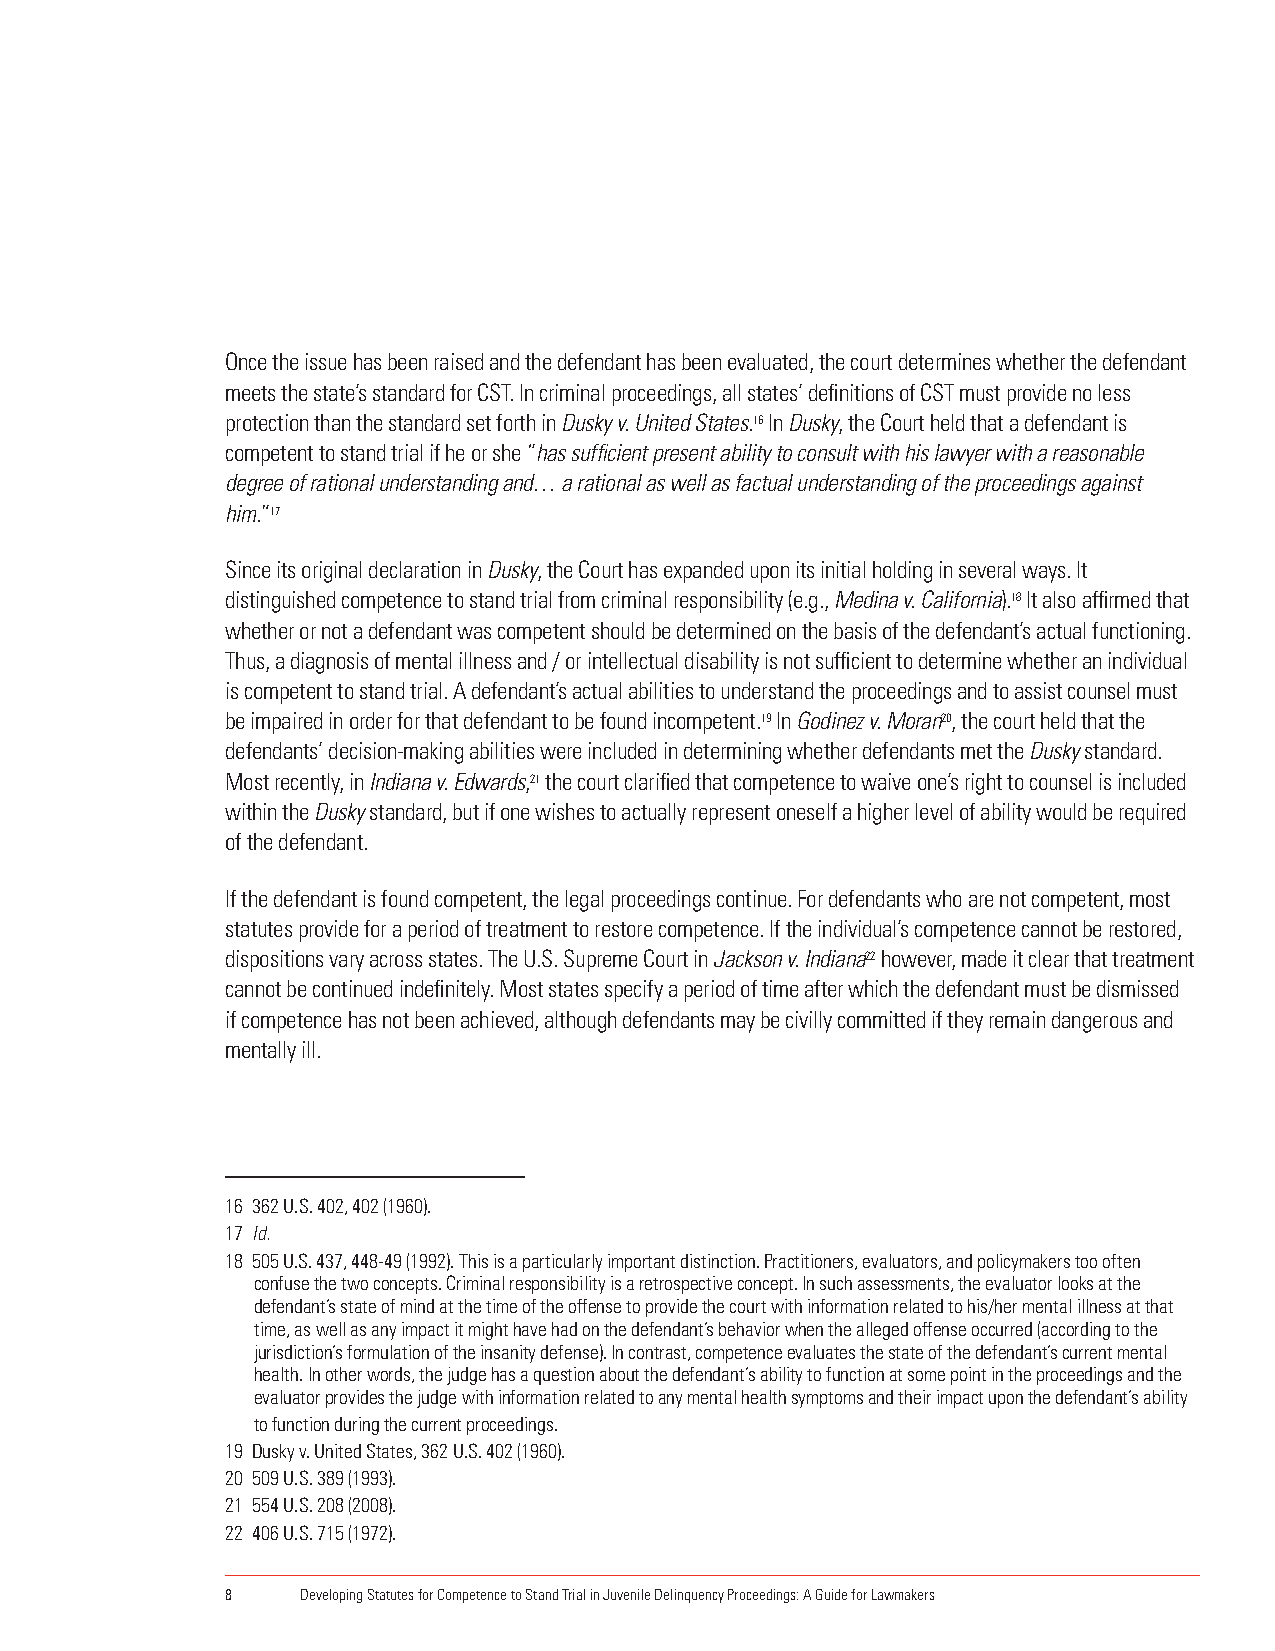
Once the issue has been raised and the defendant has been evaluated, the court determines whether the defendant
 meets the state’s standard for CST. In criminal proceedings, all states’ definitions of CST must provide no less
 protection than the standard set forth in Dusky v. United States.16 In Dusky, the Court held that a defendant is
 competent to stand trial if he or she “has sufficient present ability to consult with his lawyer with a reasonable
 degree of rational understanding and… a rational as well as factual understanding of the proceedings against
 him.”17
 Since its original declaration in Dusky, the Court has expanded upon its initial holding in several ways. It
 distinguished competence to stand trial from criminal responsibility (e.g., Medina v. California).18 It also affirmed that
 whether or not a defendant was competent should be determined on the basis of the defendant’s actual functioning.
 Thus, a diagnosis of mental illness and / or intellectual disability is not sufficient to determine whether an individual
 is competent to stand trial. A defendant’s actual abilities to understand the proceedings and to assist counsel must
 be impaired in order for that defendant to be found incompetent.19 In Godinez v. Moran20, the court held that the
 defendants’ decision-making abilities were included in determining whether defendants met the Dusky standard.
 Most recently, in Indiana v. Edwards,21 the court clarified that competence to waive one’s right to counsel is included
 within the Dusky standard, but if one wishes to actually represent oneself a higher level of ability would be required
 of the defendant.
 If the defendant is found competent, the legal proceedings continue. For defendants who are not competent, most
 statutes provide for a period of treatment to restore competence. If the individual’s competence cannot be restored,
 dispositions vary across states. The U.S. Supreme Court in Jackson v. Indiana22 however, made it clear that treatment
 cannot be continued indefinitely. Most states specify a period of time after which the defendant must be dismissed
 if competence has not been achieved, although defendants may be civilly committed if they remain dangerous and
 mentally ill.
 16 362 U.S. 402, 402 (1960).
 17 Id.
 18 505 U.S. 437, 448-49 (1992). This is a particularly important distinction. Practitioners, evaluators, and policymakers too often
 confuse the two concepts. Criminal responsibility is a retrospective concept. In such assessments, the evaluator looks at the
 defendant’s state of mind at the time of the offense to provide the court with information related to his/her mental illness at that
 time, as well as any impact it might have had on the defendant’s behavior when the alleged offense occurred (according to the
 jurisdiction’s formulation of the insanity defense). In contrast, competence evaluates the state of the defendant’s current mental
 health. In other words, the judge has a question about the defendant’s ability to function at some point in the proceedings and the
 evaluator provides the judge with information related to any mental health symptoms and their impact upon the defendant’s ability
 to function during the current proceedings.
 19 Dusky v. United States, 362 U.S. 402 (1960).
 20 509 U.S. 389 (1993).
 21 554 U.S. 208 (2008).
 22 406 U.S. 715 (1972).
 8    Developing Statutes for Competence to Stand Trial in Juvenile Delinquency Proceedings: A Guide for Lawmakers